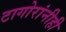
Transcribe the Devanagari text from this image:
टागोरांनीही